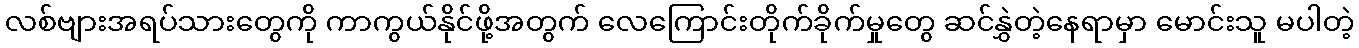
လစ်ဗျားအရပ်သားတွေကို ကာကွယ်နိုင်ဖို့အတွက် လေကြောင်းတိုက်ခိုက်မှုတွေ ဆင်နွှဲတဲ့နေရာမှာ မောင်းသူ မပါတဲ့